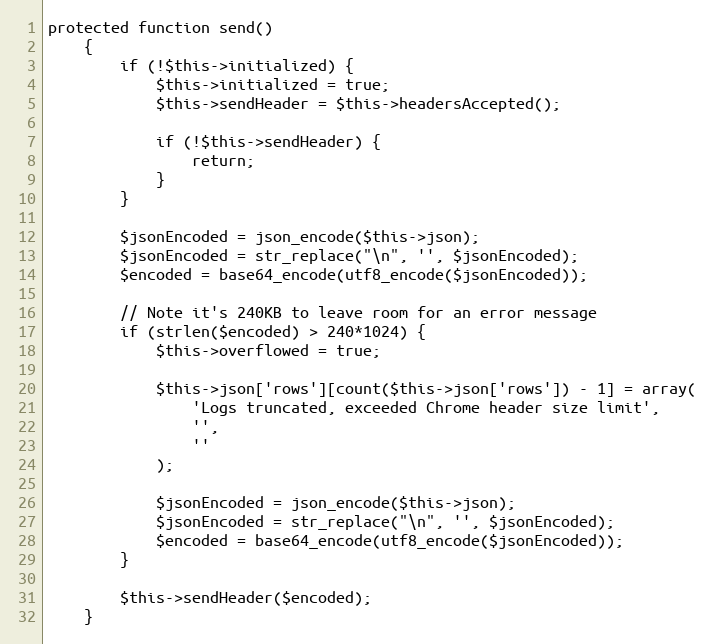
Language: PHP
protected function send()
    {
        if (!$this->initialized) {
            $this->initialized = true;
            $this->sendHeader = $this->headersAccepted();

            if (!$this->sendHeader) {
                return;
            }
        }

        $jsonEncoded = json_encode($this->json);
        $jsonEncoded = str_replace("\n", '', $jsonEncoded);
        $encoded = base64_encode(utf8_encode($jsonEncoded));

        // Note it's 240KB to leave room for an error message
        if (strlen($encoded) > 240*1024) {
            $this->overflowed = true;

            $this->json['rows'][count($this->json['rows']) - 1] = array(
                'Logs truncated, exceeded Chrome header size limit',
                '',
                ''
            );

            $jsonEncoded = json_encode($this->json);
            $jsonEncoded = str_replace("\n", '', $jsonEncoded);
            $encoded = base64_encode(utf8_encode($jsonEncoded));
        }

        $this->sendHeader($encoded);
    }